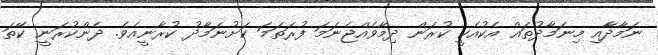
ނަމާދާއި މިނަމާދުތައް އެކުއެކީ ކުރަން ދިމާވެއްޖެނަމަ ފުރަތަމަ ކަށުނަމާދު ކުރާނީއެވެ. ދެންކުރަނީ ކޭތަ